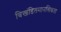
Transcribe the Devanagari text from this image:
विखंडितमानसिकता